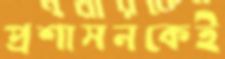
প্রশাসনকেই